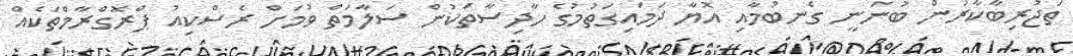
ތަޖުރިބާކާރުން ބުނަނީ ގެނބުމާއި އޮޔާ ދަމައިގަތުމުގެ ހާދިސާތަކުން ސަލާމަތް ވުމަށް ރެސްކިއު ޕްރޮގްރާމްތަކެއް